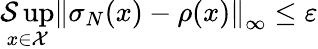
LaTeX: \underset{x\in{\cal{X}}}{\operatorname*{\mathcal{S}up}}\left\| \sigma_{N}(x)-\rho(x)\right\| _{\infty}\le\varepsilon